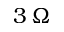
3 \, \Omega